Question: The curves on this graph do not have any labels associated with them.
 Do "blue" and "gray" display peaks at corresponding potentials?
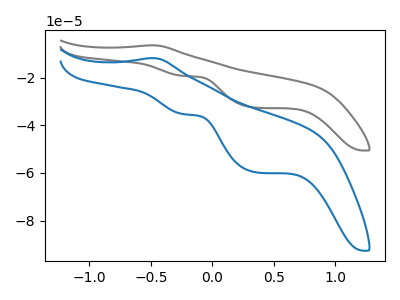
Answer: <think>The gray curve "gray" has an anodic peak at (-0.50V, -6.45uA) and cathodic peaks at (-0.25V, -19.30uA) (0.35V, -32.60uA). The blue curve "blue" has an anodic peak at (-0.50V, -11.85uA) and cathodic peaks at (-0.25V, -35.35uA) (0.35V, -59.70uA).</think>
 <answer>Yes, "blue" have a peak in "gray" at the same potential.</answer>
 <eval>match</eval>